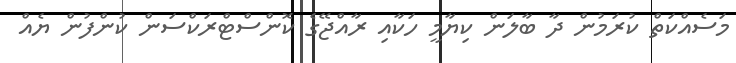
މަސެއްކަތް ކުރަމުން ދާ ބާލަން ކިޔާމީ ހަކާއި ރާއްޖޭގެ ކޮންސްޓްރަކްސަން ކުންފުން ޔެއް